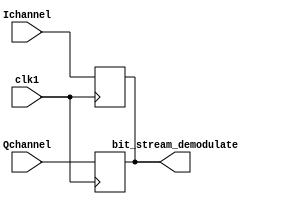
module Combine(clk1, Ichannel, Qchannel, bit_stream_demodulate);
  input clk1;
  input Ichannel, Qchannel;
  output reg bit_stream_demodulate;
  always @(posedge clk1)
  begin
    bit_stream_demodulate = Ichannel;
  end
  always @(negedge clk1)
  begin
    bit_stream_demodulate = Qchannel;
  end
endmodule